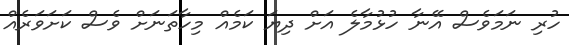
ހުރި ނަމަވެސް އޭނާ ހުޅުމާލެ އަށް ދިޔަ ކަމެއް މިހާތަނަށް ވެސް ކަށަވަރެއް